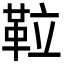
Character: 𩊌